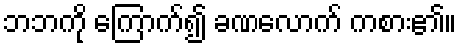
ဘဘကို ကြောက်၍ ခဏလောက် ကစား၏။